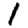
Digit: 1